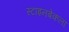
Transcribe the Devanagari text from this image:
स्टाइनबेकला